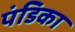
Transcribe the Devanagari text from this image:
पंडिका